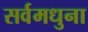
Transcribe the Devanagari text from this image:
सर्वमधुना